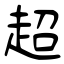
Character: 超